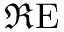
\Re \mathrm { E }